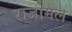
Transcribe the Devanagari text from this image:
राजामल